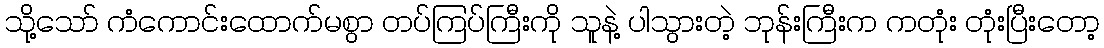
သို့သော် ကံကောင်းထောက်မစွာ တပ်ကြပ်ကြီးကို သူနဲ့ ပါသွားတဲ့ ဘုန်းကြီးက ကတုံး တုံးပြီးတော့